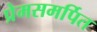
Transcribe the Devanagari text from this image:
प्रेमसमर्पित